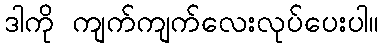
ဒါကို ကျက်ကျက်လေးလုပ်ပေးပါ။